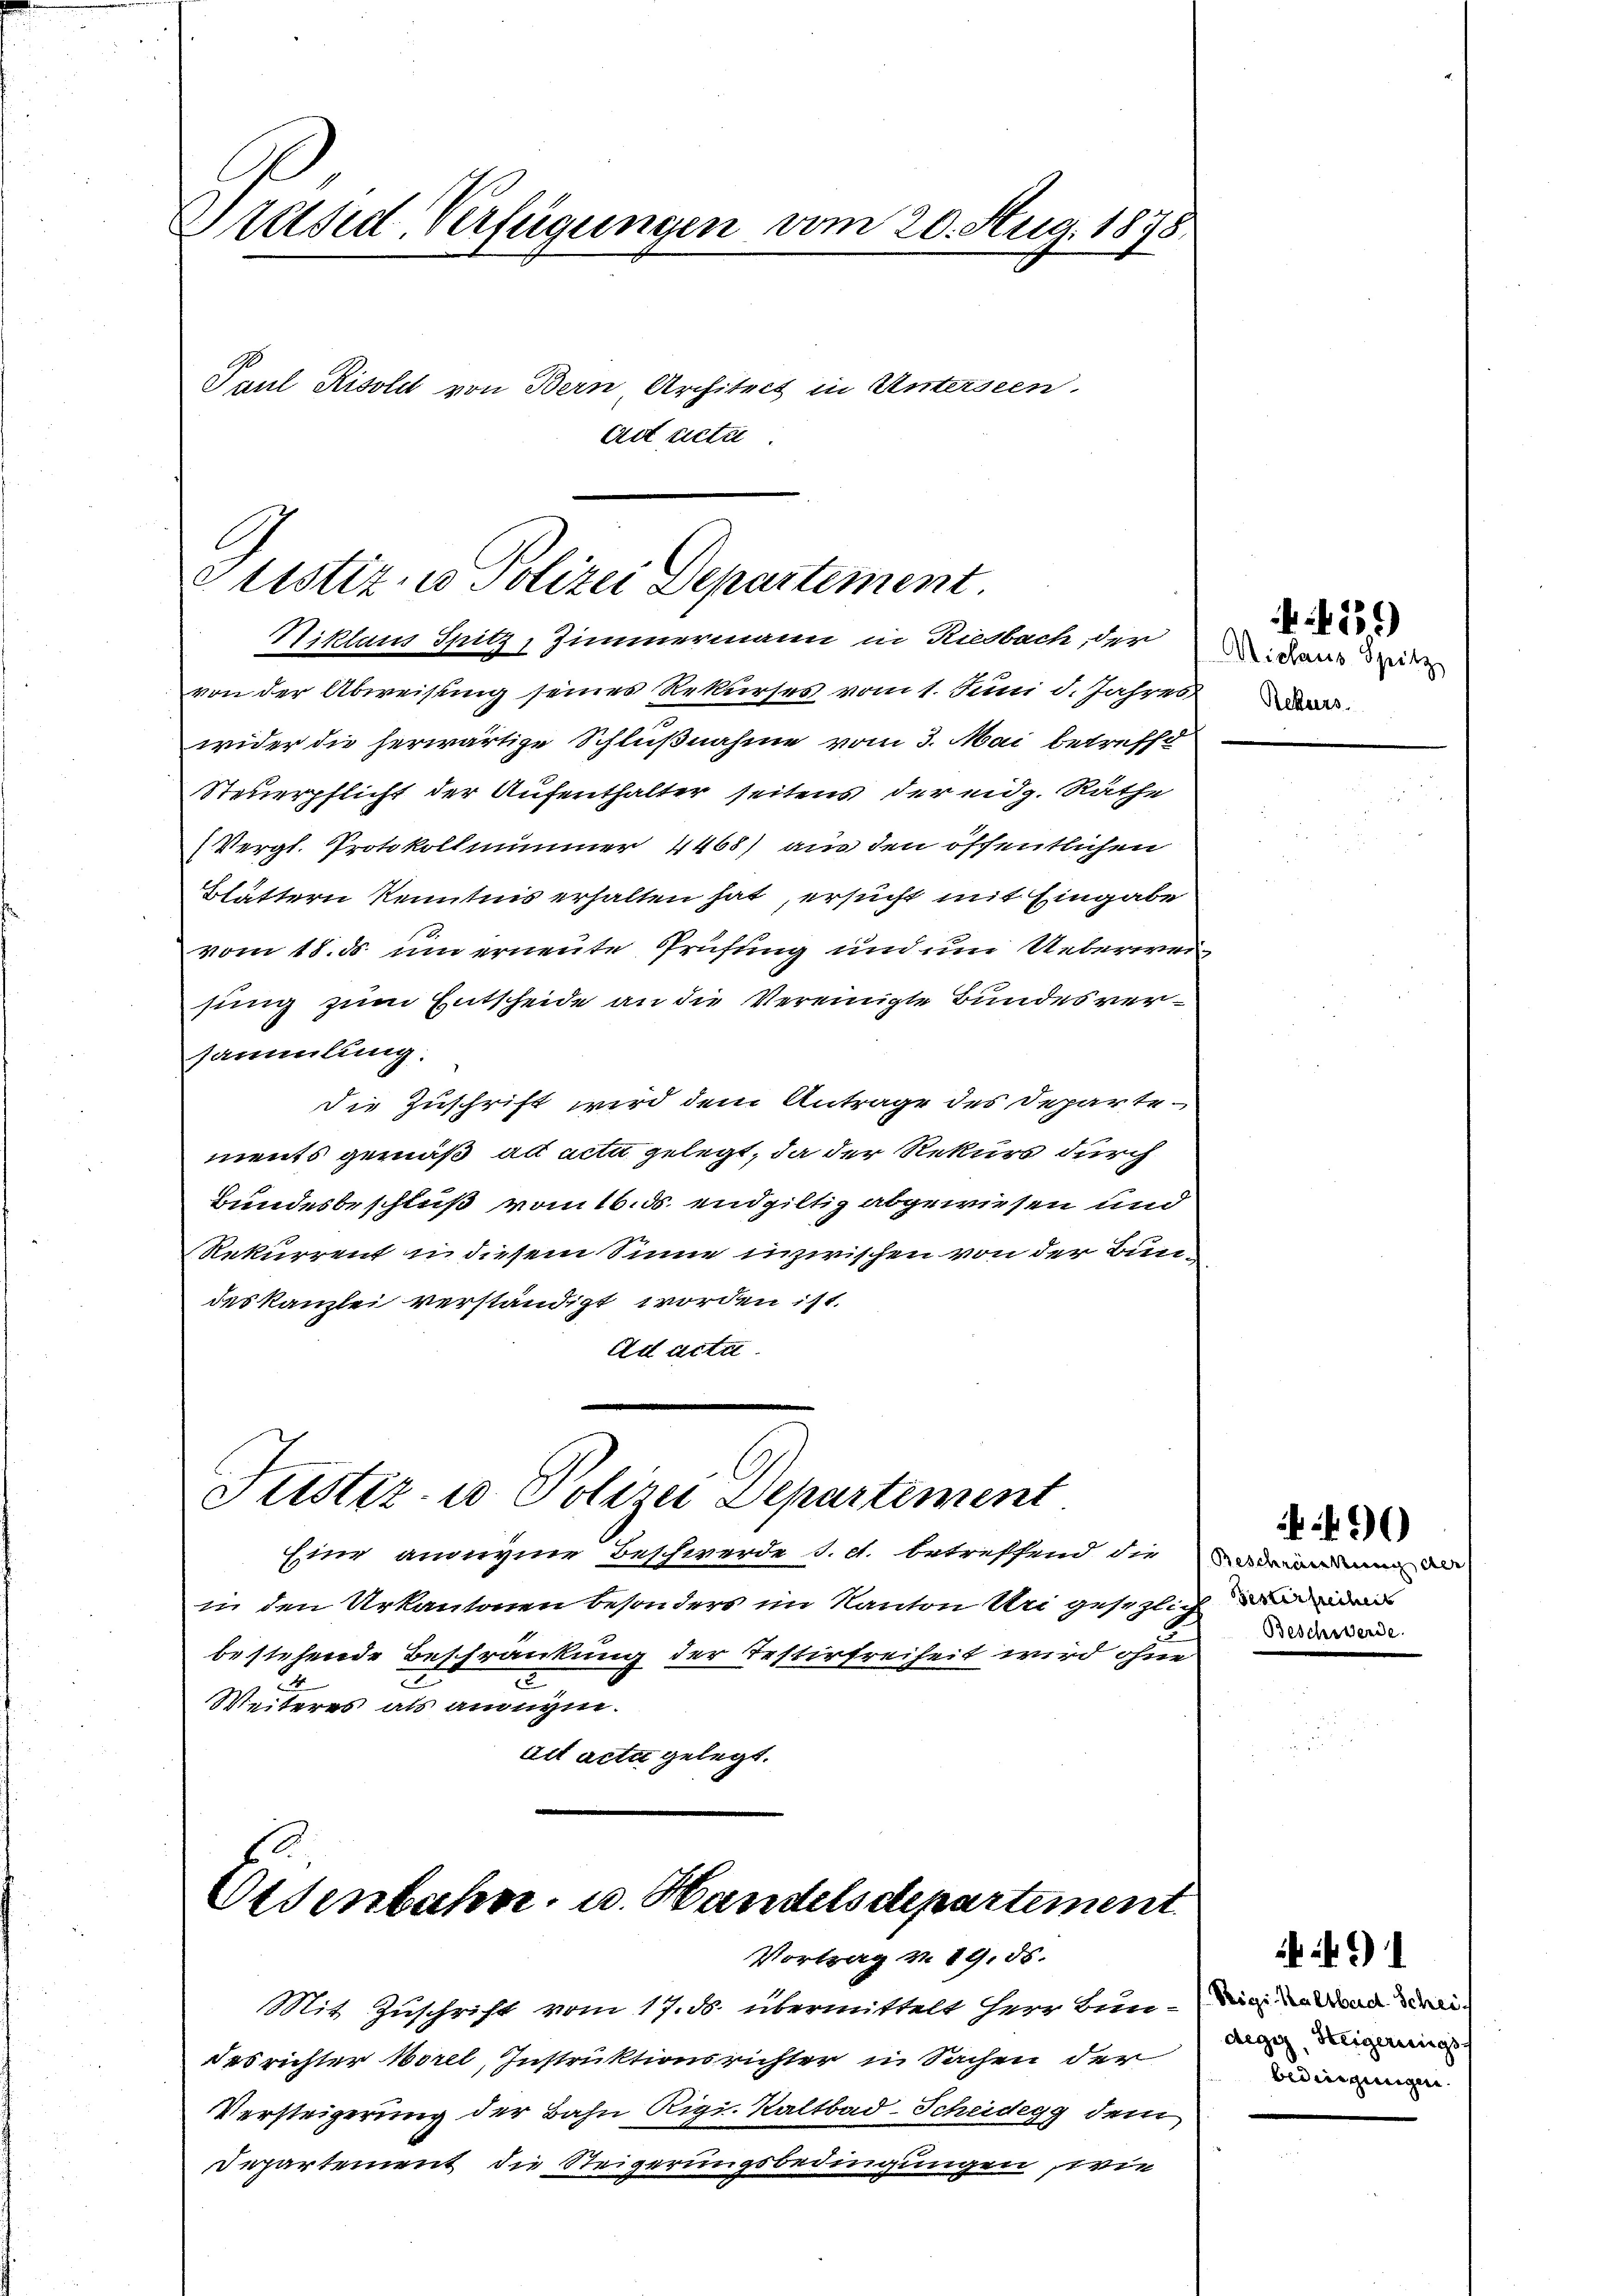
Präsid. Verfügungen vom 20. Aug. 1878.
Paul Risoli von Bern Architect in Unterseen.
ad actu

Justiz- u Polizei Departement.
Hiktums Spitz, Zimmermann in Riesbach, der dass die

von der Abweisung seines Rekurses vom 1. Juni d. Jahres
wider die herwärtige Schlußnahme vom 3. Mai betreffe
Steuerpflicht der Aufenthalter seitens der eidg. Räthe
(Vergl. Protokollnimmer 4468) aus den öffentlichen
Blättern kenntnis erhalten hat, ersucht mit Eingabe
vom 18. ds um erneute Prüfung und um Ueberweisung zum Entscheide an die Vereinigte Bundesversammlung:
die Zuschrift wird dem Antrage des Departements gemäß ad acta gelegt, da der Rekurs durch
Bundesbeschluß vom 16. ds. endgiltig abgewiesen und
Rekurrent u. diesem Sinne inzwischen von der Bundes Kanzlei verständigt worden ist.
Ad acta.

Justiz- u Polizei Departement

Eisenbahn u. Handelsdepartement
Vortrag v. 19. 56.

Eine anonyme Beschwerde s. c. betreffend die
in den Urkantonen besonders im Kanton Uri gesezlich de
bestehende Beschränkung der Testirfreiheit wird ohne
2
2
Weiteres als ange.
ait acta gelegt.

Mit Zuschrift vom 17. ds. übermittelt Herr Bun- und wei
des richter Morel, Instruktionsrichter in Sachen der
Versteigerung der Bahn Rigi. Kaltbad-Scheidegg dem
Departement die Steigerungsbedingungen, wie

Rekurs.

419

Beschränkung der
Beschwerde.

490)

degig, Heigerungs
bedingungen. |

491